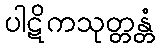
ပါဋိကသုတ္တန္တံ